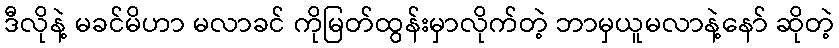
ဒီလိုနဲ့ မခင်မိဟာ မလာခင် ကိုမြတ်ထွန်းမှာလိုက်တဲ့ ဘာမှယူမလာနဲ့နော် ဆိုတဲ့